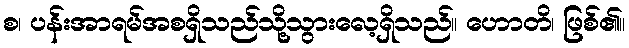
စ၊ ပန်းအာရမ်အစရှိသည်သို့သွားလေ့ရှိသည်။ ဟောတိ၊ ဖြစ်၏။